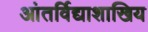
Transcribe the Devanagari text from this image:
आंतर्विद्याशाखिय